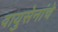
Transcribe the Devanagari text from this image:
वायुसेनांचे